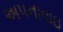
અપનાવાઇ